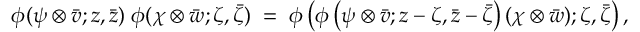
\phi ( \psi \otimes \bar { v } ; z , \bar { z } ) \; \phi ( \chi \otimes \bar { w } ; \zeta , \bar { \zeta } ) \; = \; \phi \left( \phi \left( \psi \otimes \bar { v } ; z - \zeta , \bar { z } - \bar { \zeta } \right) ( \chi \otimes \bar { w } ) ; \zeta , \bar { \zeta } \right) ,